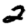
Digit: 2